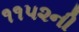
૧૧૫૨ની